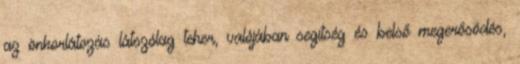
az önkorlátozás látszólag teher, valójában segítség és belső megerősödés,